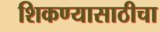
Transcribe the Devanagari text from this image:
शिकण्यासाठीचा